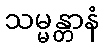
သမ္မန္တာနံ